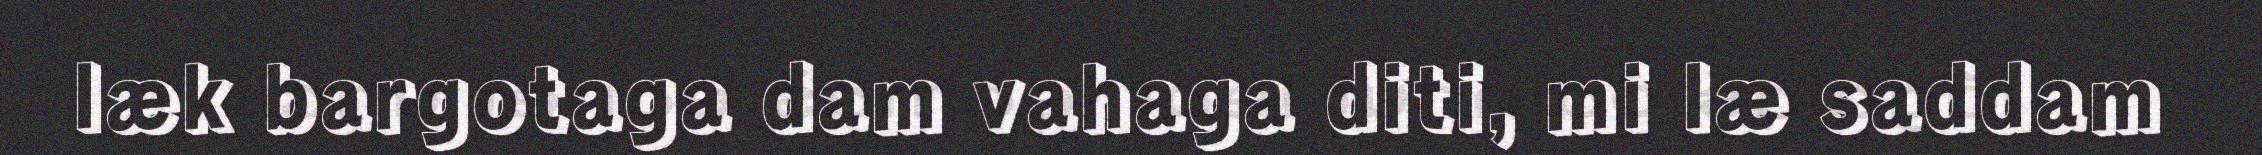
læk bargotaga dam vahaga diti, mi læ saddam